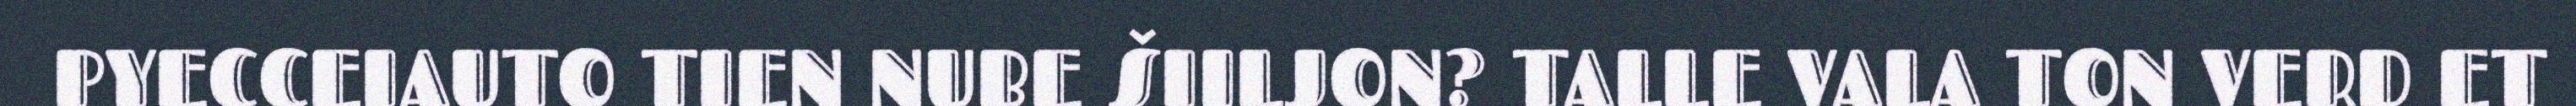
PYECCEIAUTO TIEN NUBE ŠIILJON? TALLE VALA TON VERD ET